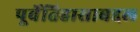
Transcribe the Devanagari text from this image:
पूर्वेतिहासाबद्दल